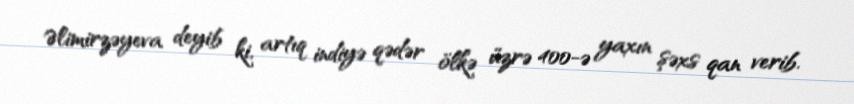
Əlimirzəyeva deyib ki, artıq indiyə qədər ölkə üzrə 400-ə yaxın şəxs qan verib.